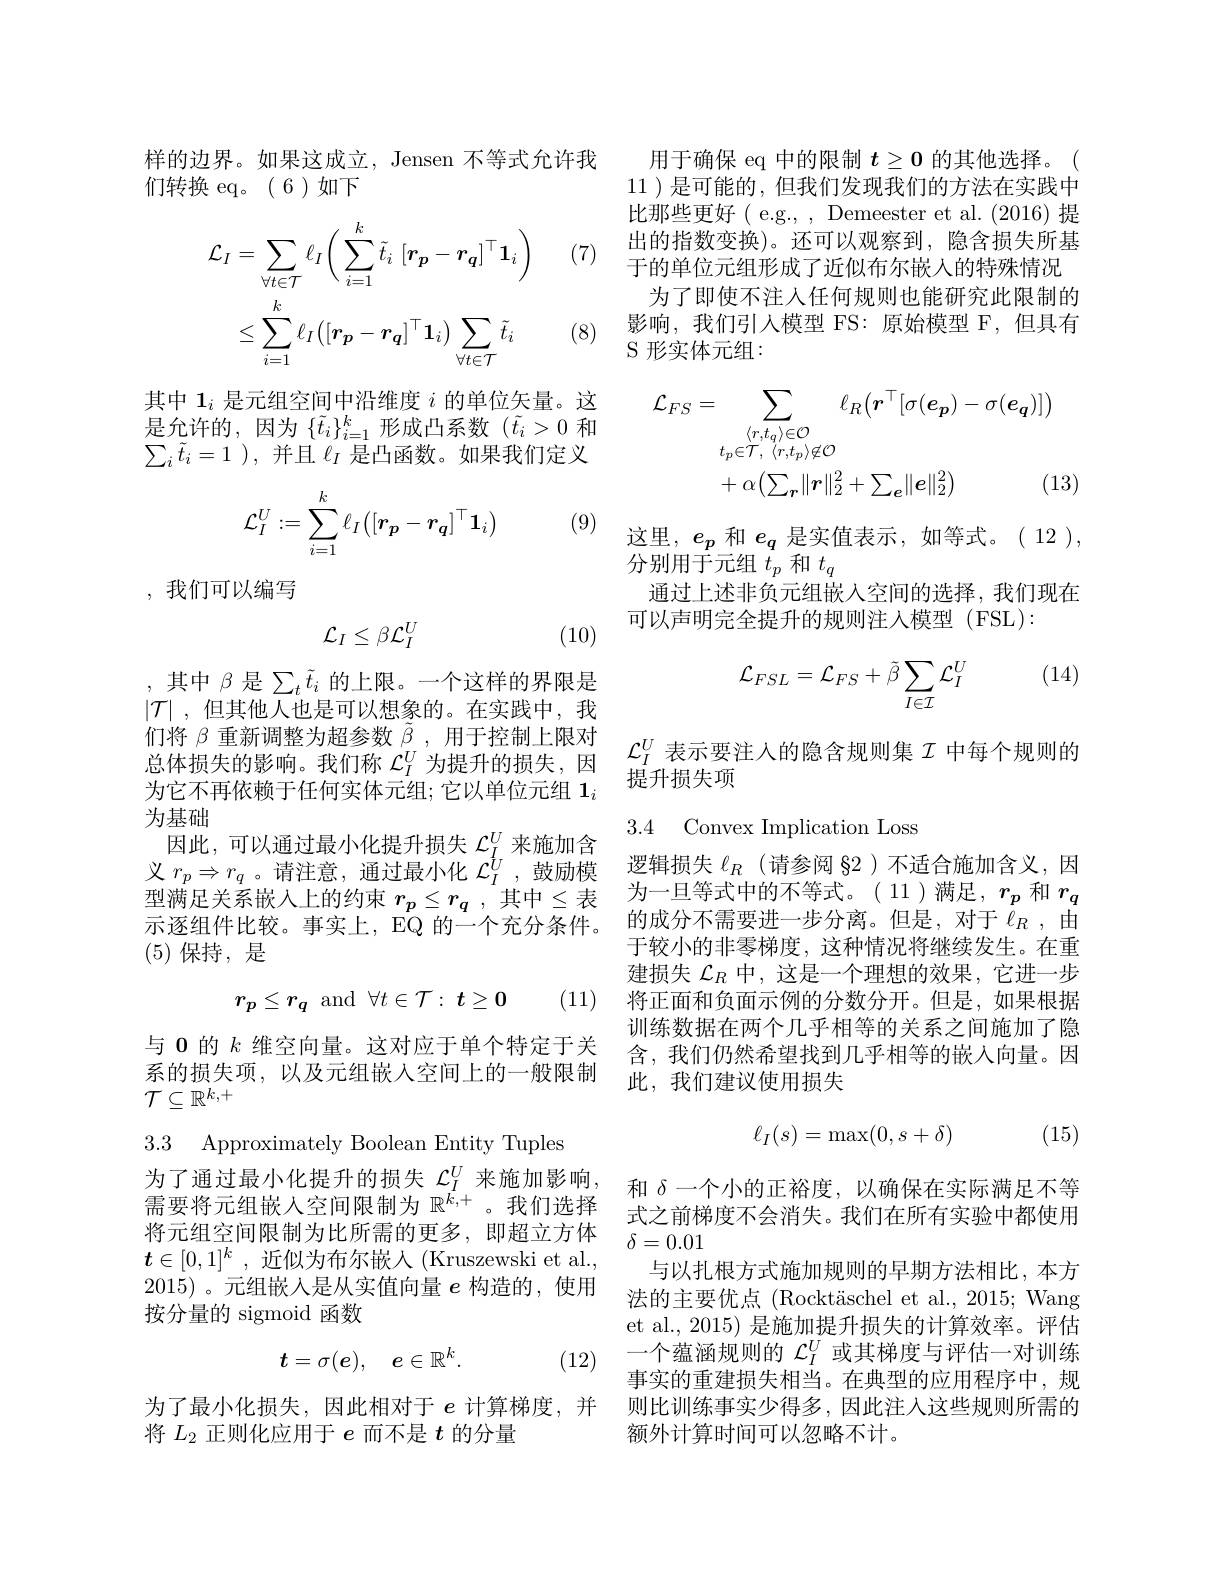
样的边界。如果这成立，Jensen 不等式允许我
们转换 eq。(6)如下

(7)
$$\mathcal{L}_{I}=\sum_{\forall t\in\mathcal{T}}\ell_{I}\bigg(\sum_{i=1}^{k}\tilde{t}_{i}\:\big[r_{\boldsymbol{p}}-r_{\boldsymbol{q}}\big]^{\top}\mathbf{1}_{i}\bigg)\\\leq\sum_{i=1}^{k}\ell_{I}\big([\boldsymbol{r}_{\boldsymbol{p}}-\boldsymbol{r}_{\boldsymbol{q}}]^{\top}\boldsymbol{1}_{i}\big)\sum_{\forall t\in\mathcal{T}}\tilde{t}_{i}$$
(8)

其中$1_i$是元组空间中沿维度$i$的单位矢量。这是允许的，因为$\{\tilde{t}_i\}_{i=1}^k$形成凸系数$(\tilde{t}_i>0$和$\sum _{i}\tilde{t} _{i}= 1$ ),并且$\ell_I$是凸函数。如果我们定义
$$\mathcal{L}_I^U:=\sum_{i=1}^k\ell_I\big([r_p-r_q]^\top\mathbf{1}_i\big)$$
(9)

,我们可以编写
$$\mathcal{L}_I\leq\beta\mathcal{L}_I^U$$
(10)

,其中 $\beta$ 是$\sum_t\tilde{t}_i$ 的上限。一个这样的界限是$|\mathcal{T}|$ ,但其他人也是可以想象的。在实践中，我们将$\beta$重新调整为超参数$\tilde{\beta}$,用于控制上限对总体损失的影响。我们称$\mathcal{L}_I^U$为提升的损失，因为它不再依赖于任何实体元组；它以单位元组$1_i$ 为基础
因此，可以通过最小化提升损失$\mathcal{L}_I^U$来施加含义$r_p\Rightarrow r_q$ 。请注意，通过最小化$\mathcal{L}_I^{\hat{U}}$ ,鼓励模型满足关系嵌入上的约束 $r_p\leq r_q$ ,其中$\leq$表示逐组件比较。事实上，EQ 的一个充分条件。(5)保持，是

(11)
$$r_p\leq r_q\mathrm{~and~}\forall t\in\mathcal{T}:\:t\geq0$$
与 0 的$k$维空向量。这对应于单个特定于关系的损失项，以及元组嵌入空间上的一般限制$\mathcal{T}\subseteq\mathbb{R}^{k,+}$

3.3 Approximately Boolean Entity Tuples

为了通过最小化提升的损失$\mathcal{L}_I^U$来施加影响， 需要将元组嵌入空间限制为$\mathbb{R}^k,+$。我们选择将元组空间限制为比所需的更多，即超立方体$\boldsymbol{t}\in [ 0, 1] ^k$ ,近似为布尔嵌入 (Kruszewski et al., 2015)。元组嵌入是从实值向量$e$构造的，使用按分量的 sigmoid 函数
$$t=\sigma(e),\quad e\in\mathbb{R}^k.$$
(12)

为了最小化损失，因此相对于$e$计算梯度，并
将$L_2$正则化应用于$e$而不是$t$的分量

用于确保 eq 中的限制$t\geq0$的其他选择。( 11 )是可能的，但我们发现我们的方法在实践中比那些更好( e.g., , Demeester et al. (2016) 提出的指数变换)。还可以观察到，隐含损失所基于的单位元组形成了近似布尔嵌人的特殊情况为了即使不注人任何规则也能研究此限制的影响，我们引入模型 FS:原始模型 F,但具有S 形实体元组：
$$\begin{aligned}\mathcal{L}_{FS}&=\sum_{\substack{\langle r,t_{q}\rangle\in\mathcal{O}}}\ell_{R}\big(\boldsymbol{r}^{\top}[\sigma(\boldsymbol{e}_{\boldsymbol{p}})-\sigma(\boldsymbol{e}_{\boldsymbol{q}})]\big)\\&t_{p}\in\mathcal{T},\:\langle r,t_{p}\rangle\not\in\mathcal{O}\\&+\alpha\big(\sum_{\boldsymbol{r}}\|\boldsymbol{r}\|_{2}^{2}+\sum_{\boldsymbol{e}}\|\boldsymbol{e}\|_{2}^{2}\big)&\text{(13}\end{aligned}$$
这里，$e_p$和$e_q$是实值表示，如等式。(12),

$\dot{\text{分别用于元组 }t_p}$ 和$t_q$
通过上述非负元组嵌入空间的选择，我们现在
可以声明完全提升的规则注入模型 (FSL):

(14)
$$\mathcal{L}_{FSL}=\mathcal{L}_{FS}+\tilde{\beta}\sum_{I\in\mathcal{I}}\mathcal{L}_I^U$$
$\mathcal{L}_I^U$表示要注人的隐含规则集$\mathcal{I}$中每个规则的
提升损失项

### 3.4 Convex Implication Loss

逻辑损失$\ell_R$ (请参阅 82 )不适合施加含义，因为一旦等式中的不等式。( 11)满足，$r_{p}$和$r_{q}$ 的成分不需要进一步分离。但是，对于$\dot{\ell}_R$,由于较小的非零梯度，这种情况将继续发生。在重建损失$\mathcal{L}_R$中，这是一个理想的效果，它进一步将正面和负面示例的分数分开。但是，如果根据训练数据在两个几乎相等的关系之间施加了隐含，我们仍然希望找到几乎相等的嵌入向量。因此，我们建议使用损失
$$\ell_I(s)=\max(0,s+\delta)$$
(15)

$\delta=0.01$

和$\delta$一个小的正裕度，以确保在实际满足不等式之前梯度不会消失。我们在所有实验中都使用
与以扎根方式施加规则的早期方法相比，本方法的主要优点 (Rocktäschel et al., 2015; Wang et al., 2015) 是施加提升损失的计算效率。评估一个蕴涵规则的$\mathcal{L}_I^U$或其梯度与评估一对训练事实的重建损失相当。在典型的应用程序中，规则比训练事实少得多，因此注人这些规则所需的额外计算时间可以忽略不计。